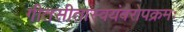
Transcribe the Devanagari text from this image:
गीतसीतास्वयंवरोपक्रमः